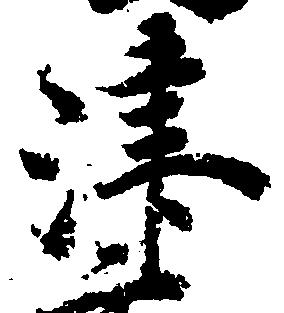
津